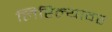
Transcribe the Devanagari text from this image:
लिहिल्यावर